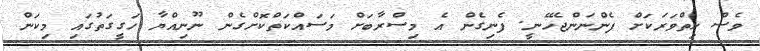
ވެސް ހިތްވަރަކަށް ފެންނަންޖެހޭނީ. ފެނިގެން އެ މިސްރާބަށް މަސައްކަތްކޮށްގެން ނޫނިއްޔާ ހަގީގަތުގައި މިކަން